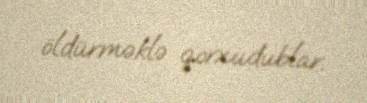
öldürməklə qorxudublar.